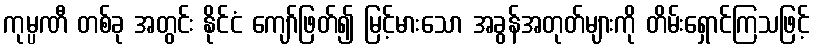
ကုမ္ပဏီ တစ်ခု အတွင်း နိုင်ငံ ကျော်ဖြတ်၍ မြင့်မားသော အခွန်အတုတ်များကို တိမ်းရှောင်ကြသဖြင့်